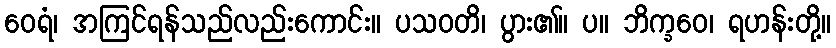
ဝေရံ၊ အကြင်ရန်သည်လည်းကောင်း။ ပသဝတိ၊ ပွား၏။ ပ။ ဘိက္ခဝေ၊ ရဟန်းတို့။